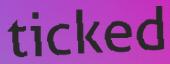
ticked